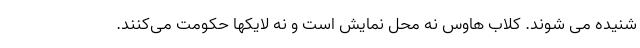
شنیده می شوند. کلاب هاوس نه محل نمایش است و نه لایکها حکومت می‌کنند.